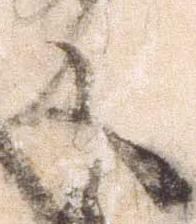
及